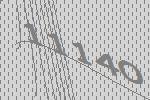
11140